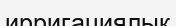
ирригациялык